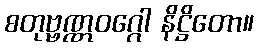
စတုဗ္ဗဏ္ဏဝဂ္ဂေါ နိဋ္ဌိတော။